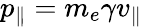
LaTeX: p_{\parallel}=m_{e}\gamma v_{\parallel}